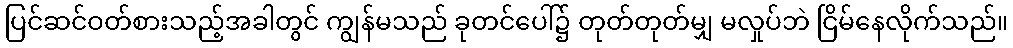
ပြင်ဆင်ဝတ်စားသည့်အခါတွင် ကျွန်မသည် ခုတင်ပေါ်၌ တုတ်တုတ်မျှ မလှုပ်ဘဲ ငြိမ်နေလိုက်သည်။